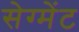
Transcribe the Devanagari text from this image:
सेग्मेंट